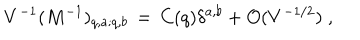
V ^ { - 1 } ( M ^ { - 1 } ) _ { q , a ; q , b } \, = \, C ( q ) \delta ^ { a , b } + { \cal O } ( V ^ { - 1 / 2 } ) \; \mathrm { , }